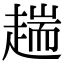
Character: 𧼴